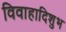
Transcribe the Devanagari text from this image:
विवाहादिशुभ